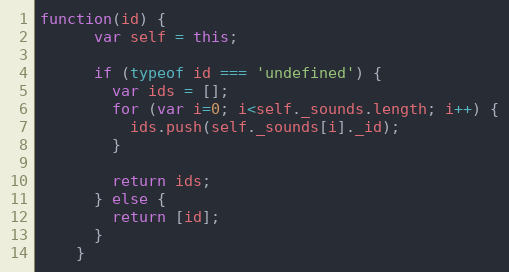
Language: JavaScript
function(id) {
      var self = this;

      if (typeof id === 'undefined') {
        var ids = [];
        for (var i=0; i<self._sounds.length; i++) {
          ids.push(self._sounds[i]._id);
        }

        return ids;
      } else {
        return [id];
      }
    }